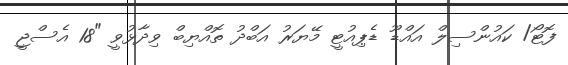
ފޮޓޯ/ ކައުންސިލް އައްޑޫ ޑެޕިއުޓީ މޭޔަރު އަބްދު ތޮއްޔިބް ވިދާޅުވީ "18 އެސްޖީ